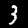
Label: 3